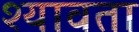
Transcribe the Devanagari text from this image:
श्यावता